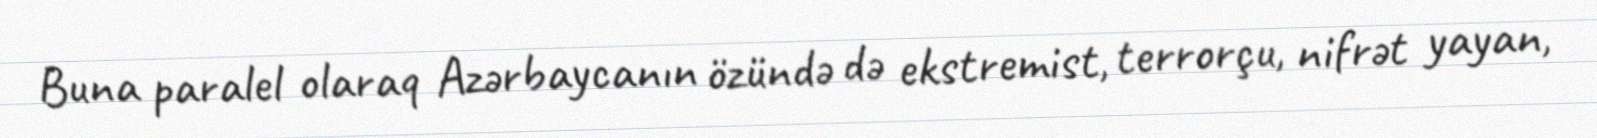
Buna paralel olaraq Azərbaycanın özündə də ekstremist, terrorçu, nifrət yayan,